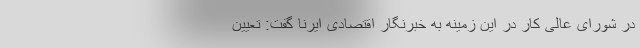
در شورای عالی کار در این زمینه به خبرنگار اقتصادی ایرنا گفت: تعیین